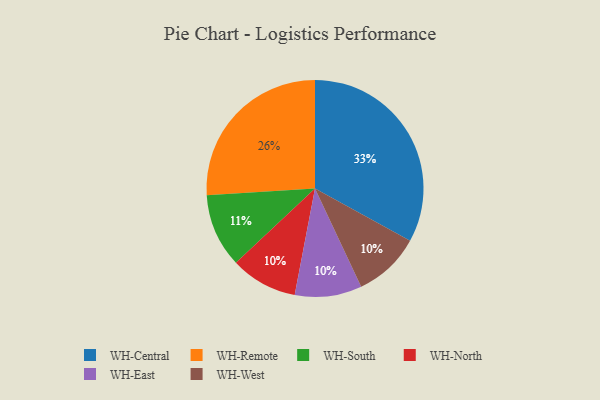
{"axis": {"x": "Category", "y": "Percentage"}, "legend": ["WH-Central", "WH-East", "WH-North", "WH-Remote", "WH-South", "WH-West"], "data": [{"x": "WH-South", "y": 11, "type": "WH-South"}, {"x": "WH-Remote", "y": 26, "type": "WH-Remote"}, {"x": "WH-Central", "y": 33, "type": "WH-Central"}, {"x": "WH-North", "y": 10, "type": "WH-North"}, {"x": "WH-East", "y": 10, "type": "WH-East"}, {"x": "WH-West", "y": 10, "type": "WH-West"}]}